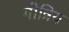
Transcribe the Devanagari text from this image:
गोत्रिय